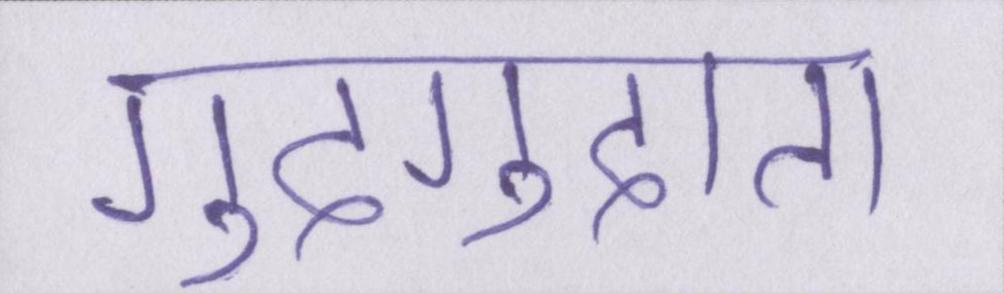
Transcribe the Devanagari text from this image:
गुदगुदाता